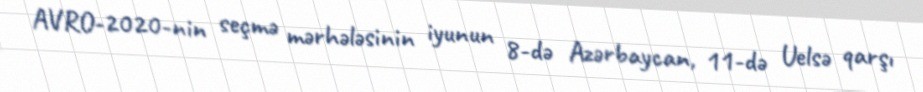
AVRO-2020-nin seçmə mərhələsinin iyunun 8-də Azərbaycan, 11-də Uelsə qarşı